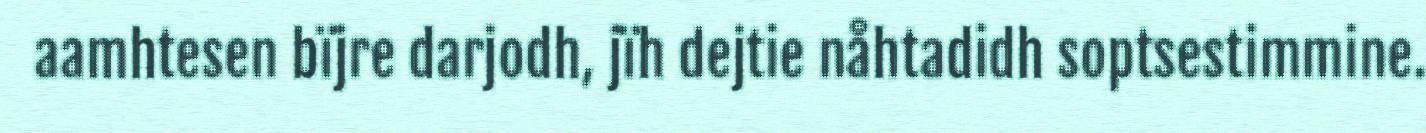
aamhtesen bïjre darjodh, jïh dejtie nåhtadidh soptsestimmine.